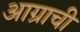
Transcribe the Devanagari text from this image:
आग्राची